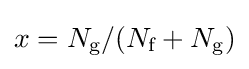
{\textstyle x=N_{\text{g}}/(N_{\text{f}}+N_{\text{g}})}